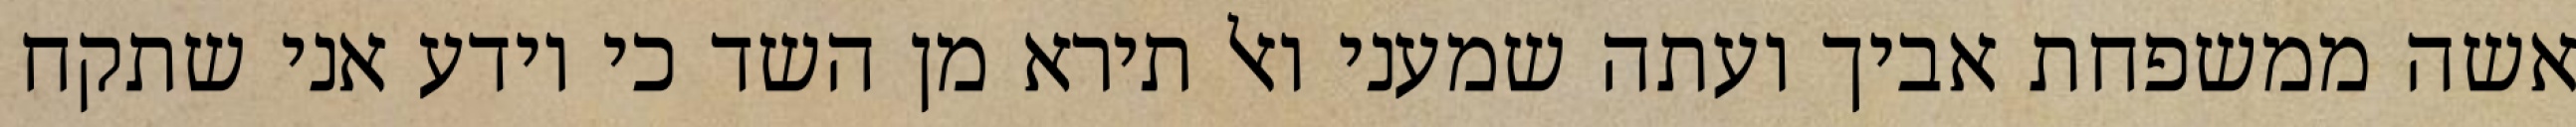
אשה ממשפחת אביך ועתה שמעני ואל תירא מן השד כי יודע אני שתקח